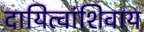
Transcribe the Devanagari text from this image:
दायित्वांशिवाय